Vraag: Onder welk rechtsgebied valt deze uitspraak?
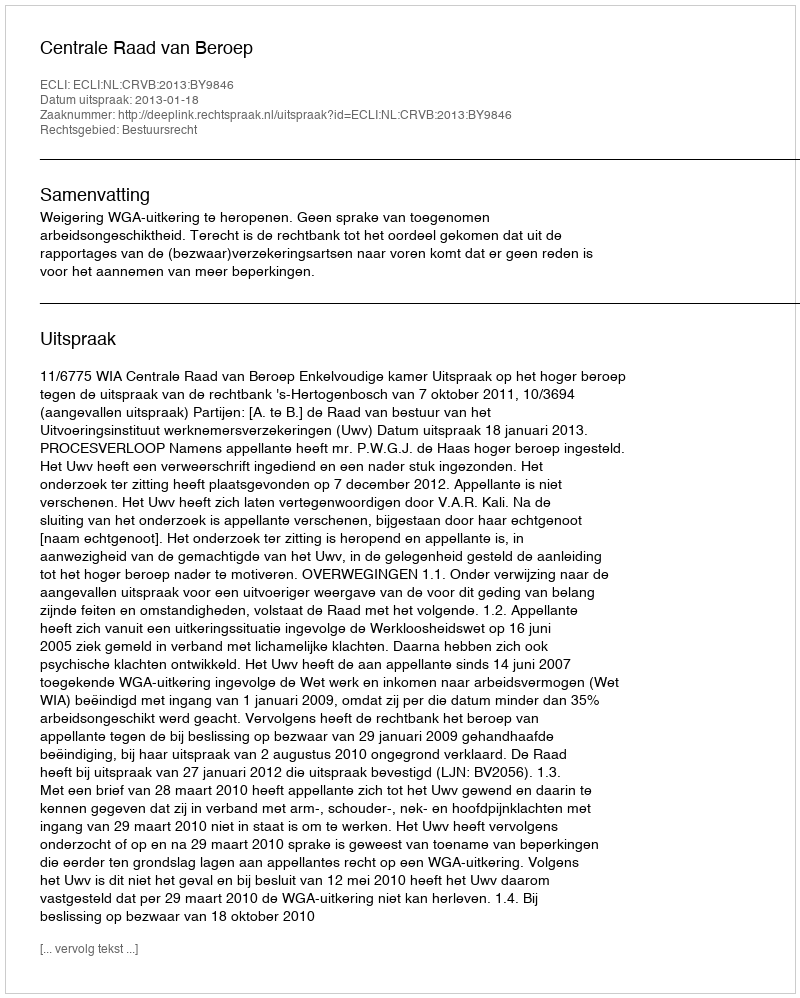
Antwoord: Bestuursrecht